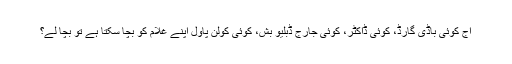
آج کوئی باڈی گارڈ، کوئی ڈاکٹر، کوئی جارج ڈبلیو بش، کوئی کولن پاول اپنے غلام کو بچا سکتا ہے تو بچا لے؟